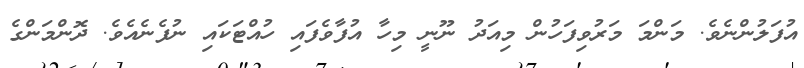
އުފަލުންނެވެ. މަންމަ މަރުވިފަހުން މިއަދު ނޫނީ މިހާ އުފާވެފައި ހުއްޓަކައި ނުފެނެއެވެ. ދޮންމަންގެ